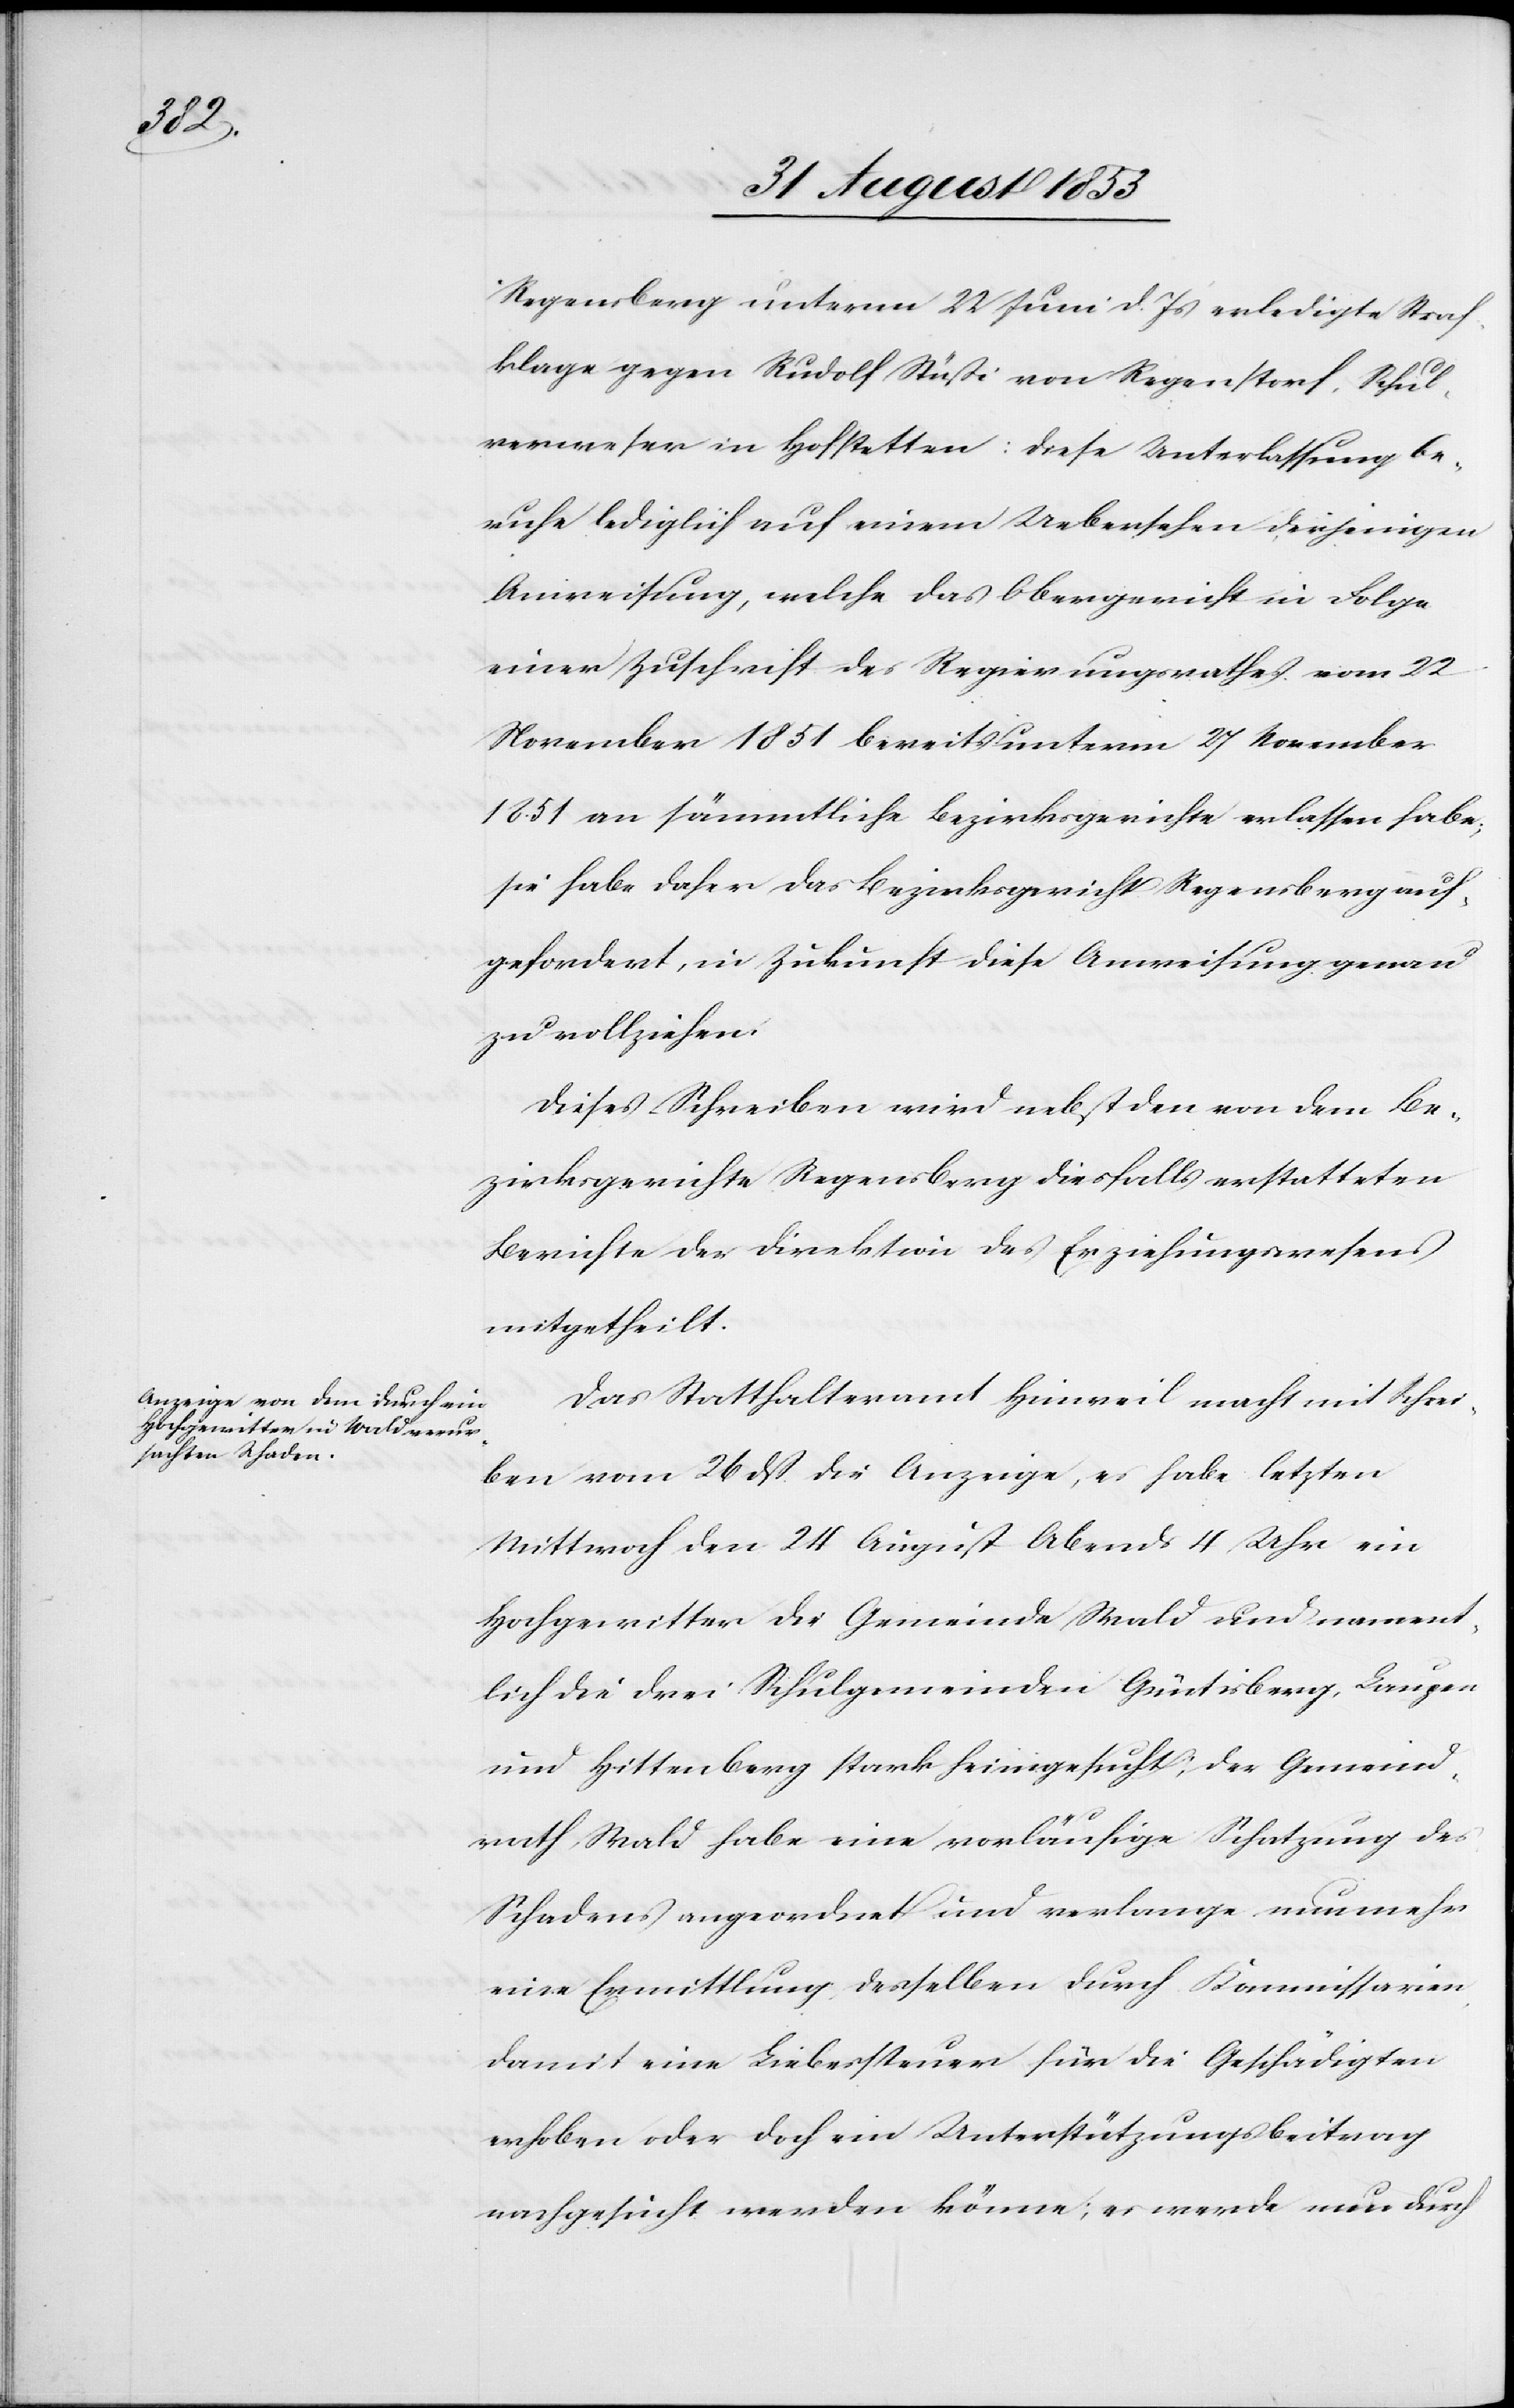
Regensberg unterm 22 Juni d. Js. erledigte Straf¬
klage gegen Rudolf Stüßi von Regenstorf, Schul¬
verweser in Hofstetten: Diese Unterlassung be¬
ruhe lediglich auf einem Uebersehen derjenigen
Anweisung, welche das Obergericht in Folge
einer Zuschrift des Regierungsrathes vom 22
November 1851 bereits unterm 27 November
1851 an sämmtliche Bezirksgerichte erlassen habe;
sie habe daher das Bezirksgericht Regensberg auf¬
gefordert, in Zukunft diese Anweisung genau
zu vollziehen.
Dieses Schreiben wird nebst den [sic!] von dem Be¬
zirksgerichte Regensberg diesfalls erstatteten
Berichte der Direktion des Erziehungswesens
mitgetheilt.
Das Statthalteramt Hinweil macht mit Schrei¬
ben vom 26 dß die Anzeige, es habe letzten
Mittwoch den 24 August Abends 4 Uhr ein
Hochgewitter die Gemeinde Wald und nament¬
lich die drei Schulgemeinden Güetisberg, Laupen
und Hittenberg stark heimgesucht, der Gemeind¬
rath Wald habe eine vorläufige Schatzung des
Schadens angeordnet und verlange nunmehr
eine Ermittlung desselben durch Kommissionen
damit eine Liebessteuer für die Geschädigten
erhoben oder doch ein Unterstützungsbeitrag
nachgesucht werden könne; er werde nun durch